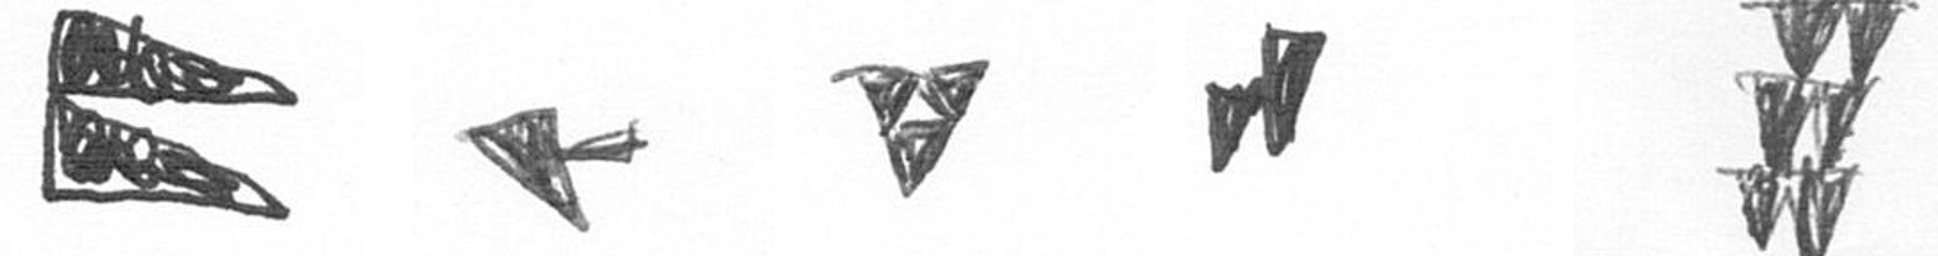
P F S M Y